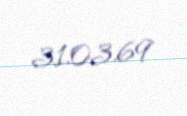
31.03.69